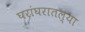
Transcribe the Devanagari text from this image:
घरांघरातल्या